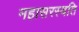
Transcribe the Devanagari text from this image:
महासरस्वति